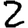
Digit: 2